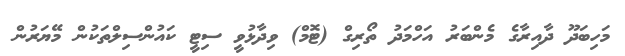
މަހިބަދޫ ދާއިރާގެ މެންބަރު އަހްމަދު ތޯރިގް (ޓޮމް) ވިދާޅުވީ ސިޓީ ކައުންސިލްތަކުން މޭޔަރުން